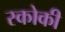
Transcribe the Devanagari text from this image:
स्‍कोकी